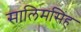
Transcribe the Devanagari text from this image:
सालिमसिंह